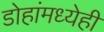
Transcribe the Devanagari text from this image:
डोहांमध्येही